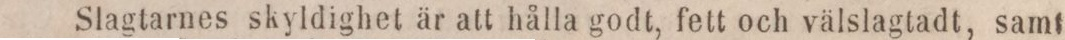
Slagtarnes skyldighet är att hålla godt, fett och välslagtadt, samt